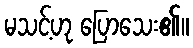
မသင့်ဟု ပြောသေး၏။